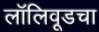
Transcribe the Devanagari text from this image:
लॉलिवूडचा